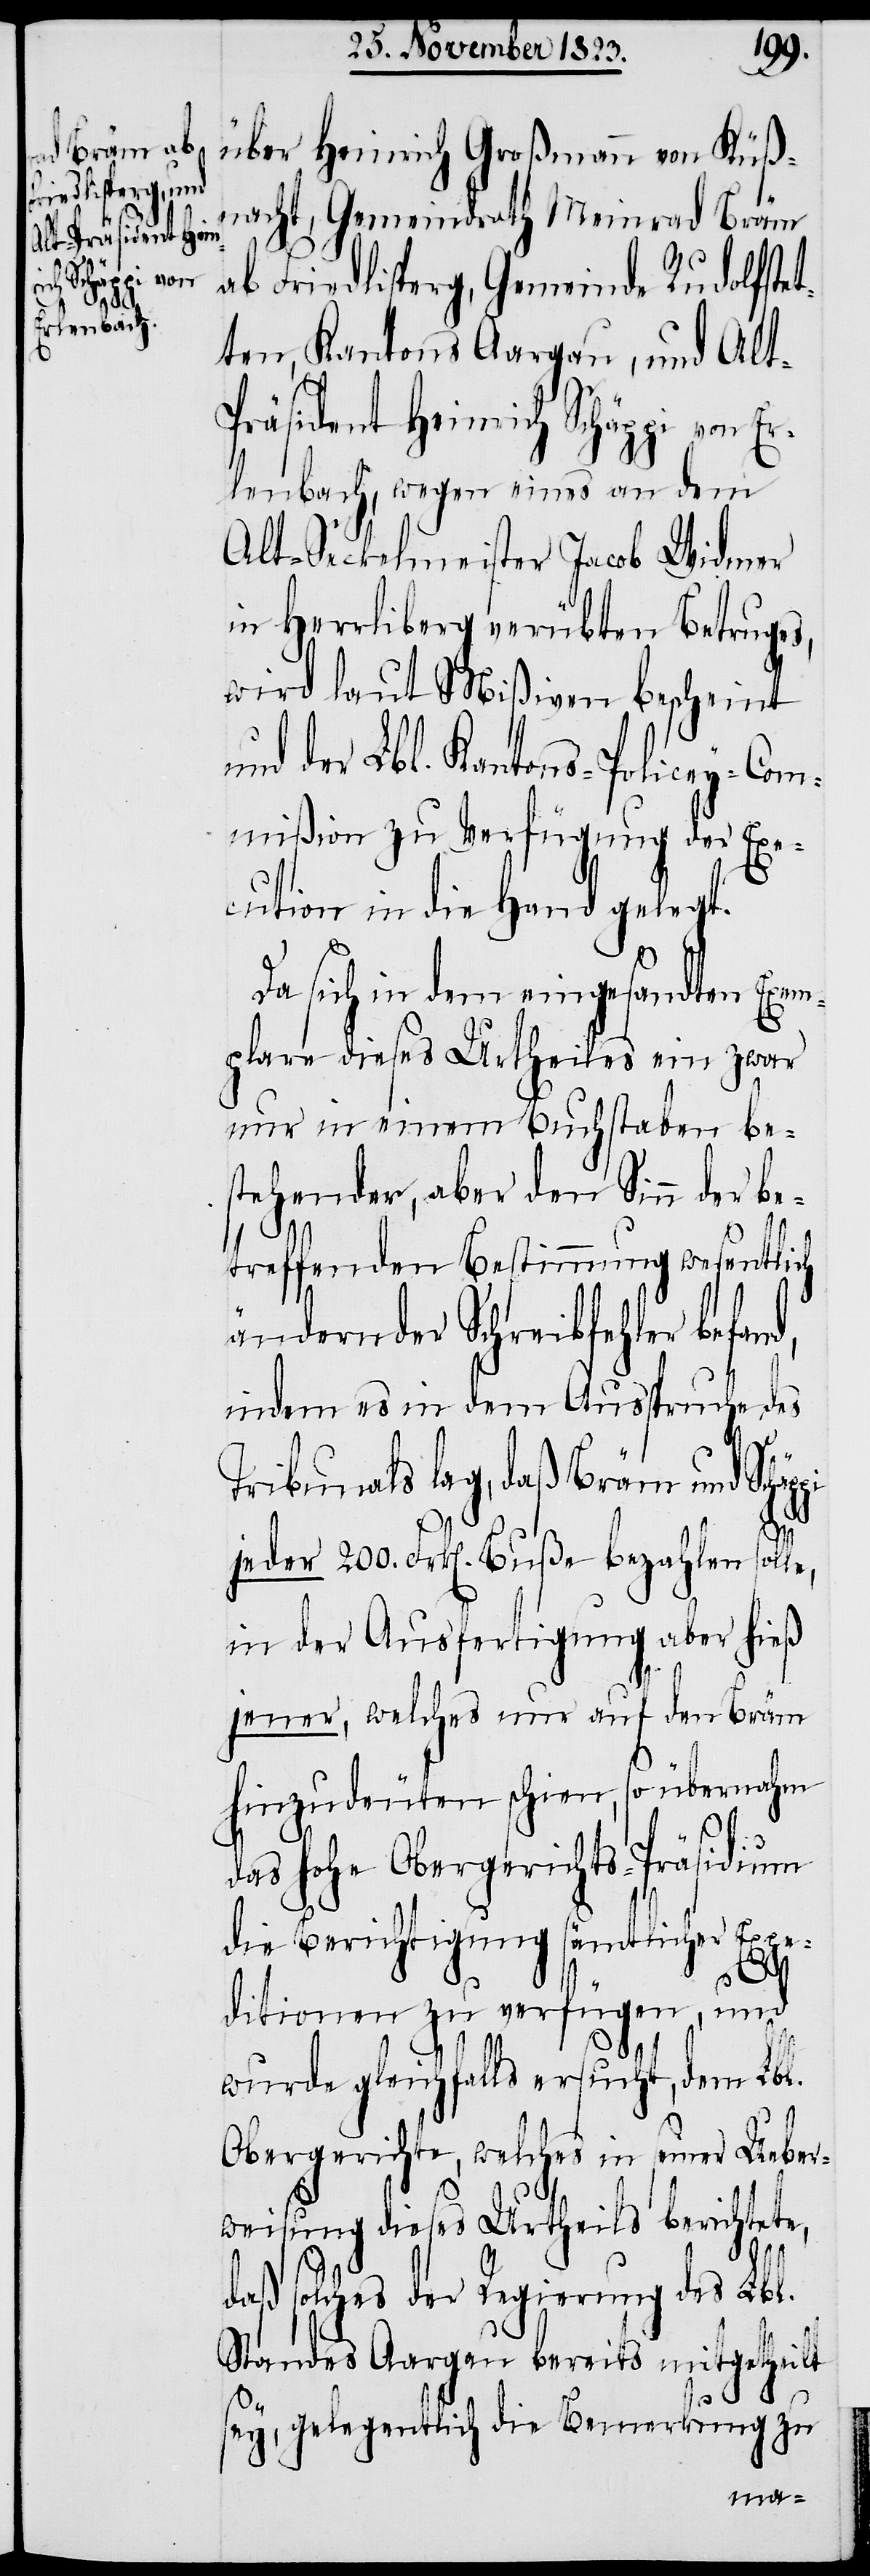
über Heinrich Großmann von Küß¬
nacht, Gemeindrath Meinrad Bräm
ab Friedlisperg, Gemeinde Rudolfstet¬
ten, Kantons Aargau, und Alt-P¬
räsident Heinrich Schäppi von E¬
rlenbach, wegen eines an dem
Alt-Seckelmeister Jacob Widmer
in Herrliberg verübten Betruges,
wird laut Mißiven bescheint
und der Lbl. Kantons-Policey-Com¬
mißion zu Verfügung der Exe¬
cution in die Hand gelegt.
Da sich in dem eingesandten Exem¬
plare dieses Utheiles ein zwar
nur in einem Buchstaben be¬
stehender, aber den Sinn der be¬
treffenden Bestimmung wesentlich
ändernder Schreibfehler befand,
indem es in dem Ausspruche des
Tribunals lag, daß Bräm und Schä¬
jeder 200. Frk[en]. Buße bezahlen soll¬
in der Ausfertigung aber hieß
jener, welches nur auf den Bräm
hinzudeuten schien, so übernahm
ppi
das hohe Obergerichts-Präsidium
die Berichtigung sämtlicher Expe¬
ditionen zu verfügen, und
wurde gleichfalls ersucht, dem Lbl.
Obergerichte, welches in seiner Ueber¬
weisung dieses Urtheils berichtete,
daß solches der Regierung des Lbl.
Standes Aargau bereits mitgetheilt
e,
sey, gelegentlich die Bemerkung zu